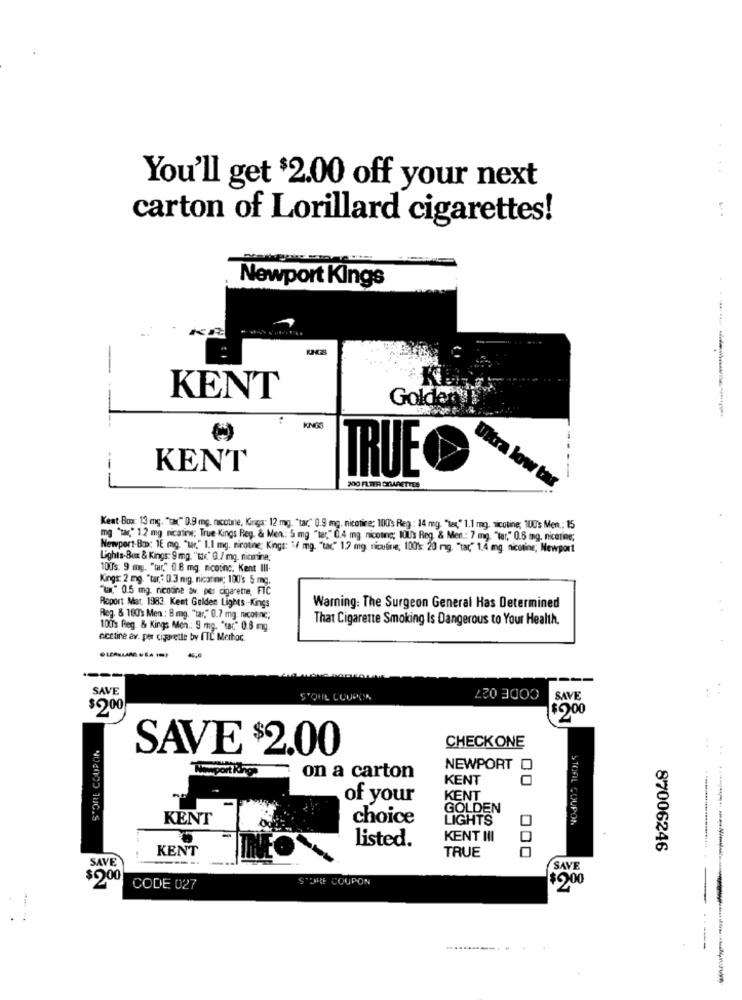
You'll get $2.00 off your next
carton of Lorillard cigarettes!
Newport Kings
-
KE
KENT
Golderg !!!
KINGS
KENT
TRUE
200 FLIER CTWARETTES
Ultra low tar
Kent-Box: 13 mg. "tag" 0.9 mg. nicotine, Kings: 12 mg. "tar," 0.9 mg. nicotine; 100's Reg : 14 mg. "tex," 1.1 mg. nicotine; 100's Men .: 15
mg "za," 1.2 mg nicatine; True-Kings Reg. & Men: 5 mg "ter," 0,4 mg, nicotine; 10Us Reg. & Men .: 7 mg. "tar," 0.6 mg. nicotine;
Newport-B:D: 1E mg. "war," 1.1 mg. nicotine; Kings: "/ mg. "tac" 12 mg niculine; 100's: 20 mg. "tar," 1.4 mg, nicotine; Newport
L'ohis-Bax & Kings: 9 mg. "Mr." 0./ mg. nicmina;
100's: 9 mg. "tar," 0 8 mg. nicotinc; Kent III
Kings: 2 mg. "tar," 0.3 nig. nicaring; 100's 5 mg.
"war" 0.5 mg. nicotine av. per cigarette, FIC
Roport Mat. 1983. Kent Gulden Lights-Kings
Warning: The Surgeon General Has Determined
Reg. & 100's Men : 8 mg. "tar," 0.7 mg. nicon nc;
That Cigarette Smoking Is Dangerous to Your Health.
100's Reg. & Kings Men .: 9 mg. "sac," 0.3 mg
acetine av. per cigarette by fTL Merhoc
CODE 027
SAVE
STOHL COUPON
SAVE
$9,00
SAVE $2.00
CHECKONE
..
on a carton
NEWPORT
KENT
00
of your
KENT
GOLDEN
KENT
choice
LIGHTS
STORIL COUPON
listed.
KENT III
KENT
87006246
SAVE
TRUE
SAVE
$6.00
STORE COUPON
$5.00
CODE 027
--